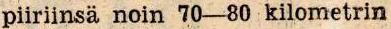
piiriinsä noin 70-80 kilometrin